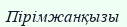
Пірімжанқызы